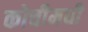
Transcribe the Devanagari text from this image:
कोचीमधी